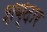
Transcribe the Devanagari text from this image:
शब्दार